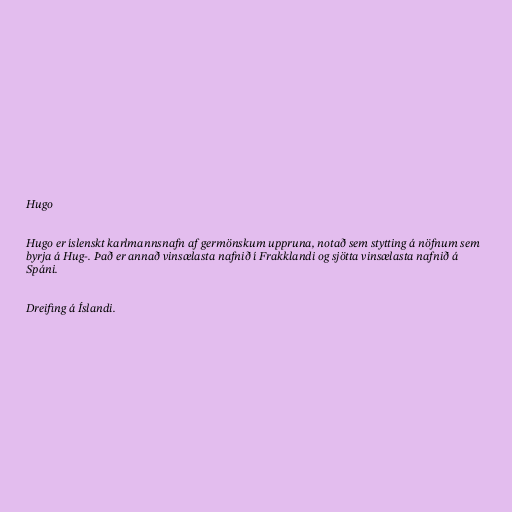
Hugo

Hugo er íslenskt karlmannsnafn af germönskum uppruna, notað sem stytting á nöfnum sem
byrja á Hug-. Það er annað vinsælasta nafnið í Frakklandi og sjötta vinsælasta nafnið á
Spáni.

Dreifing á Íslandi.